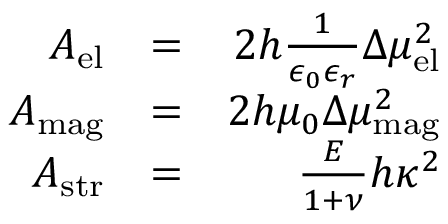
\begin{array} { r l r } { A _ { \mathrm { e l } } } & { = } & { 2 h \frac { 1 } { \epsilon _ { 0 } \epsilon _ { r } } \Delta \mu _ { \mathrm { e l } } ^ { 2 } } \\ { A _ { \mathrm { m a g } } } & { = } & { 2 h \mu _ { 0 } \Delta \mu _ { \mathrm { m a g } } ^ { 2 } } \\ { A _ { \mathrm { s t r } } } & { = } & { \frac { E } { 1 + \nu } h \kappa ^ { 2 } } \end{array}